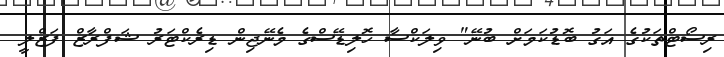
ރިސޯޓްތަކުގެ އަގު ބޮޑުކަމަށް ބުނޭ" ވިލަކްސާ ހޮލިޑޭސްގެ މެނޭޖިން ޑިރެކްޓަރު ޝަފްރާޒް ފަޒްލީ